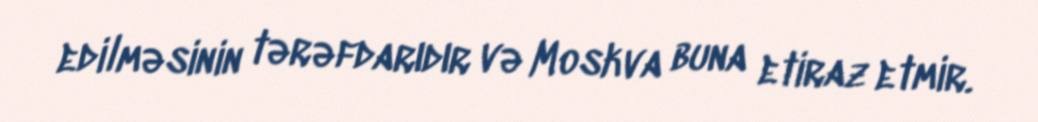
edilməsinin tərəfdarıdır və Moskva buna etiraz etmir.